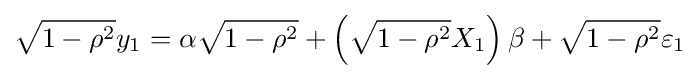
{\sqrt {1-\rho ^{2}}}y_{1}=\alpha {\sqrt {1-\rho ^{2}}}+\left({\sqrt {1-\rho ^{2}}}X_{1}\right)\beta +{\sqrt {1-\rho ^{2}}}\varepsilon _{1}